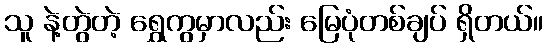
သူ နဲ့တွဲတဲ့ ရွှေကွမှာလည်း မြေပုံတစ်ချပ် ရှိတယ်။